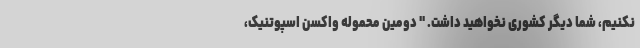
نکنیم، شما دیگر کشوری نخواهید داشت. " دومین محموله واکسن اسپوتنیک،